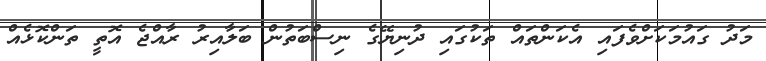
މަދު ގައުމަކަށްވެފައި އެކަންތައް ތަކުގައި ދުނިޔޭގެ ނިސްބަތުން ބަލާއިރު ރާއްޖެ އޮތީ ތަންކޮޅެއް